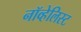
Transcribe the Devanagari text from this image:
नॉव्हेलिस्ट